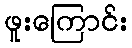
ဖူးကြောင်း